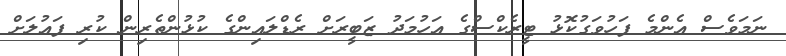
ނަމަވެސް އެންމެ ފަހުވަގުކޮޅު ޓީރެކްސްގެ އަހުމަދު ޒަބީރަށް ރެޑްލައިންގެ ކުޅުންތެރިން ކުރި ފައުލަށް